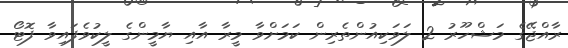
ރާއްޖޭގެ މަޝްހޫރު 2 ލަވަކިއުންތެރިން ކަމަށްވާ މީރާ އާއި ޔާމީންގެ ލީކުވެފައިވާ ފޮޓޯ